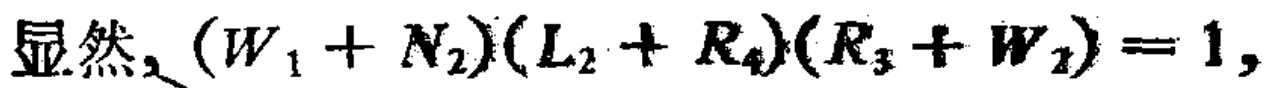
显然，\((W_{1} + N_{2})(L_{2} + R_{4})(R_{3} + W_{1}) = 1\)，